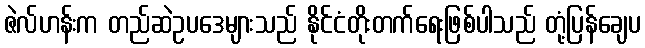
ဇဲလ်ဟန်းက တည်ဆဲဥပဒေများသည် နိုင်ငံတိုးတက်ရေးဖြစ်ပါသည် တုံ့ပြန်ချေပ